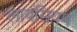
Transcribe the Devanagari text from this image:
लायसियम